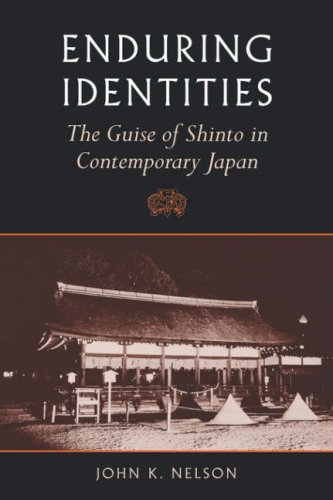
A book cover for Nelson: Enduring Identities Paper; John K. Nelson; Religion & Spirituality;